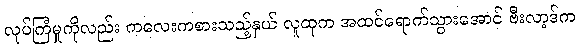
လုပ်ကြံမှုကိုလည်း ကလေးကစားသည့်နှယ် လူထုက အထင်ရောက်သွားအောင် ဗီးလာ့ဒ်က